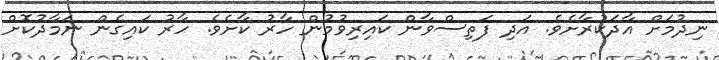
ނިދުމަށް އާދަކުރާށެވެ. އަދި ފަތިސްވާން ކައިރިވުމުން ހާރު ކާށެވެ. ހާރު ކައިގެން ނަމާދުކޮށް